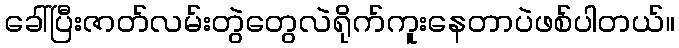
ခေါ်ပြီးဇာတ်လမ်းတွဲတွေလဲရိုက်ကူးနေတာပဲဖစ်ပါတယ်။